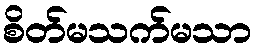
စိတ်မသက်မသာ